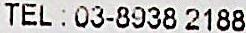
TEL : 03-8938 2188